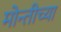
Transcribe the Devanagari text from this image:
मोन्तीच्या